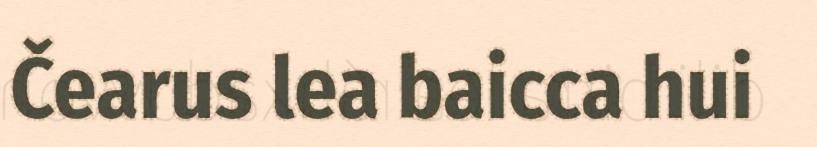
Čearus lea baicca hui